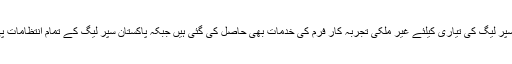
پاکستان سپر لیگ فرنچائزڈ ہوگی ، سپر لیگ کی تیاری کیلئے غیر ملکی تجربہ کار فرم کی خدمات بھی حاصل کی گئی ہیں جبکہ پاکستان سپر لیگ کے تمام انتظامات پی سی بی کی زیر نگرانی ہوں گے ۔